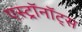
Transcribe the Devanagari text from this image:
एस्ट्राॅनाॅट्स